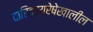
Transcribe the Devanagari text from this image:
दारिद्रयरेषेखालील